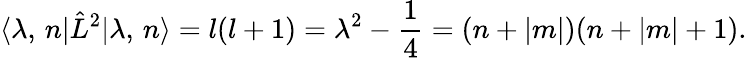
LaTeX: \langle\lambda,\, n|\hat{L}^{2}|\lambda,\, n\rangle=l(l+1)=\lambda^{2}-\frac 14=(n+|m|)(n+|m|+1).